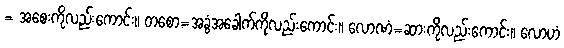
= အစေးကိုလည်းကောင်း။ တစော=အခွံအခေါက်ကိုလည်းကောင်း။ လောဏံ=ဆားကိုလည်းကောင်း။ လောဟံ